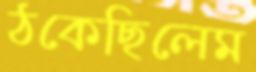
ঠকেছিলেম